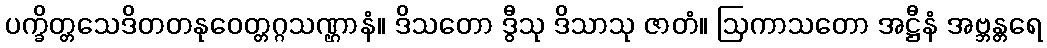
ပက္ခိတ္တသေဒိတတနုဝေတ္တဂ္ဂသဏ္ဌာနံ။ ဒိသတော ဒွီသု ဒိသာသု ဇာတံ။ ဩကာသတော အဋ္ဌီနံ အဗ္ဘန္တရေ